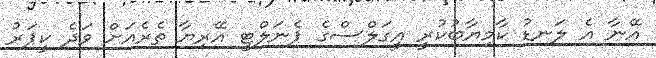
އޭނާ އެ ލަނޑު ކާމިޔާބުކުރީ އީގަލްސްގެ ޕެނަލްޓީ އޭރިޔާ ތެރެއަށް ވަދެ ކީޕަރު